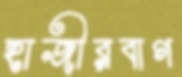
হাজীরবাগ